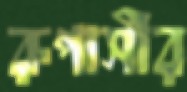
রূপাসীর